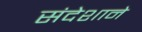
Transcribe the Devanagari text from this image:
संदेशाने